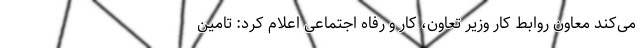
می‌کند معاون روابط کار وزیر تعاون، کار و رفاه اجتماعی اعلام کرد: تامین